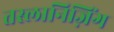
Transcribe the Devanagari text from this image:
तस्लानिज़िंग